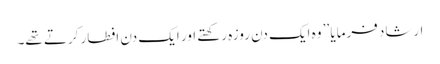
ارشاد فرمایا ’’ وہ ایک دن روزہ رکھتے اور ایک دن افطار کرتے تھے۔